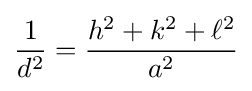
{\frac {1}{d^{2}}}={\frac {h^{2}+k^{2}+\ell ^{2}}{a^{2}}}